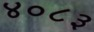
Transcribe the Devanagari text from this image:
४०८३